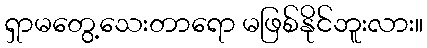
ရှာမတွေ့သေးတာရော မဖြစ်နိုင်ဘူးလား။